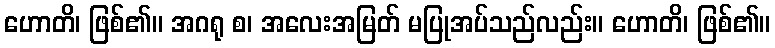
ဟောတိ၊ ဖြစ်၏။ အဂရု စ၊ အလေးအမြတ် မပြုအပ်သည်လည်း။ ဟောတိ၊ ဖြစ်၏။